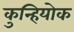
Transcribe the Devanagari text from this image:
कुन्हियोक